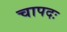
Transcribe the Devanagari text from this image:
चापदः